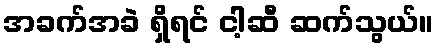
အခက်အခဲ ရှိရင် ငါ့ဆီ ဆက်သွယ်။